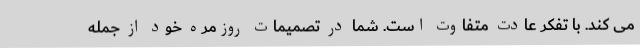
می کند. با تفکر عادت متفاوت است. شما در تصمیمات روزمره خود از جمله